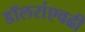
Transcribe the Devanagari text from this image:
डॉलरांएवढी